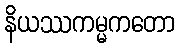
နိယဿကမ္မကတော